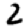
Digit: 2